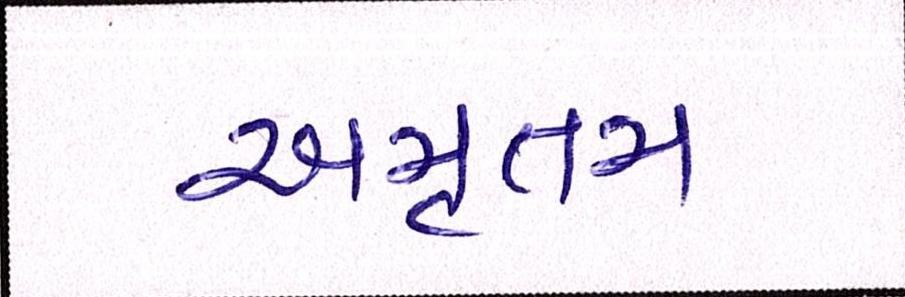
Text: અમૃતમ